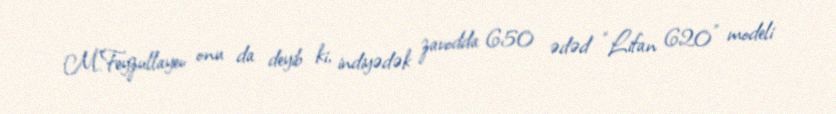
M.Feyzullayev onu da deyib ki, indiyədək zavodda 650 ədəd “Lifan 620" modeli